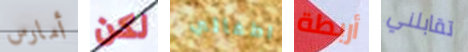
أمارس لكن اطفالي أربطة تقابلني